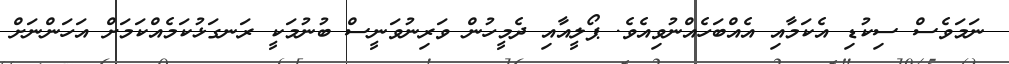
ނަމަވެސް ސިކުޑި އެކަމާއި އެއްބަހެއްނުވިއެވެ. ޕޯލީއާއި ދެމީހުން ވަރިނުވަނީސް ބުނުމަކީ ރަނގަޅުކަމެއްކަމަށް އަހަންނަށް